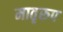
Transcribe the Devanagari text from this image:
मातृरूप